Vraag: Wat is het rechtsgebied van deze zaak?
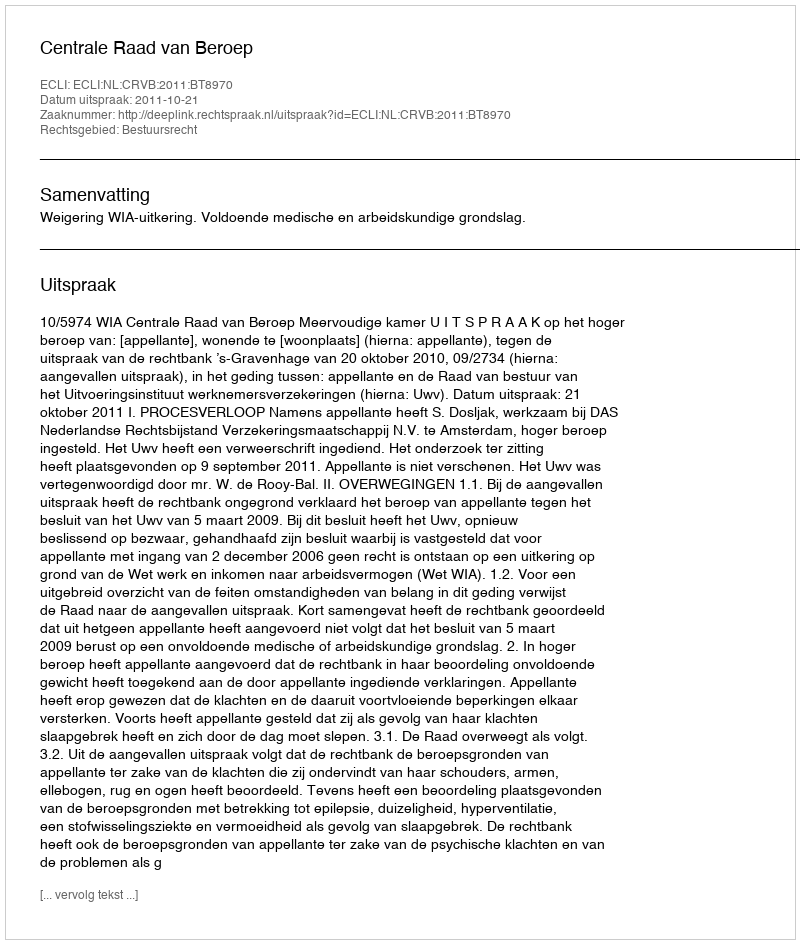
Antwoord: Bestuursrecht